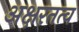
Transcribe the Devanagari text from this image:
अक्षरतत्व